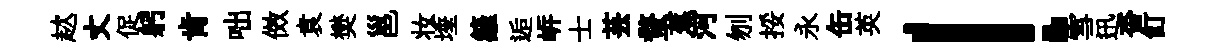
趑丈促躬肯咄傚袁樊邕妆埵籬逅㟁士芸蝥蕉河刎挼永缶英！雪迅杳飣